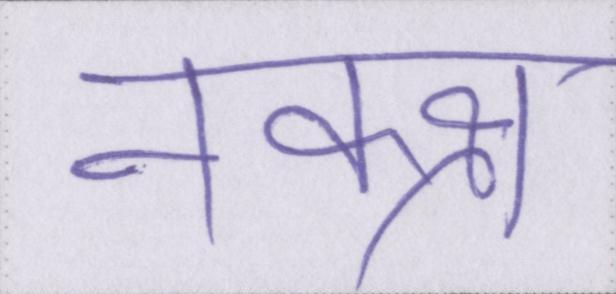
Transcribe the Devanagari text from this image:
नक्क्ष